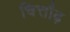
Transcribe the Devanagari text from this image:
चित्तौढ़